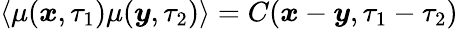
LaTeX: \left<\mu(\boldsymbol{x},\tau_{1})\mu(\boldsymbol{y},\tau_{2})\right>=C(\boldsymbol{x}-\boldsymbol{y},\tau_{1}-\tau_{2})